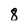
Character: 8